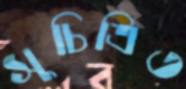
সুচিত্রিত